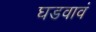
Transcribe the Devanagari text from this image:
घडवावं